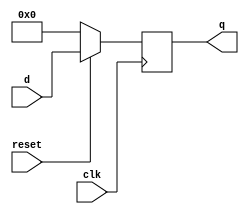
module shift_reg_pipo
#(parameter W=4
)
(
input clk,
input reset,
input [W-1:0] d,
output reg [W-1:0] q
    );

always @(posedge clk)
begin
	if(!reset)begin
		q<=0;
	end else begin
		q<=d;
	end
end
endmodule